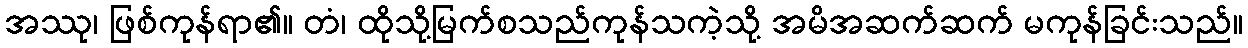
အဿု၊ ဖြစ်ကုန်ရာ၏။ တံ၊ ထိုသို့မြက်စသည်ကုန်သကဲ့သို့ အမိအဆက်ဆက် မကုန်ခြင်းသည်။